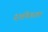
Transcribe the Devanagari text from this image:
दर्शकाला